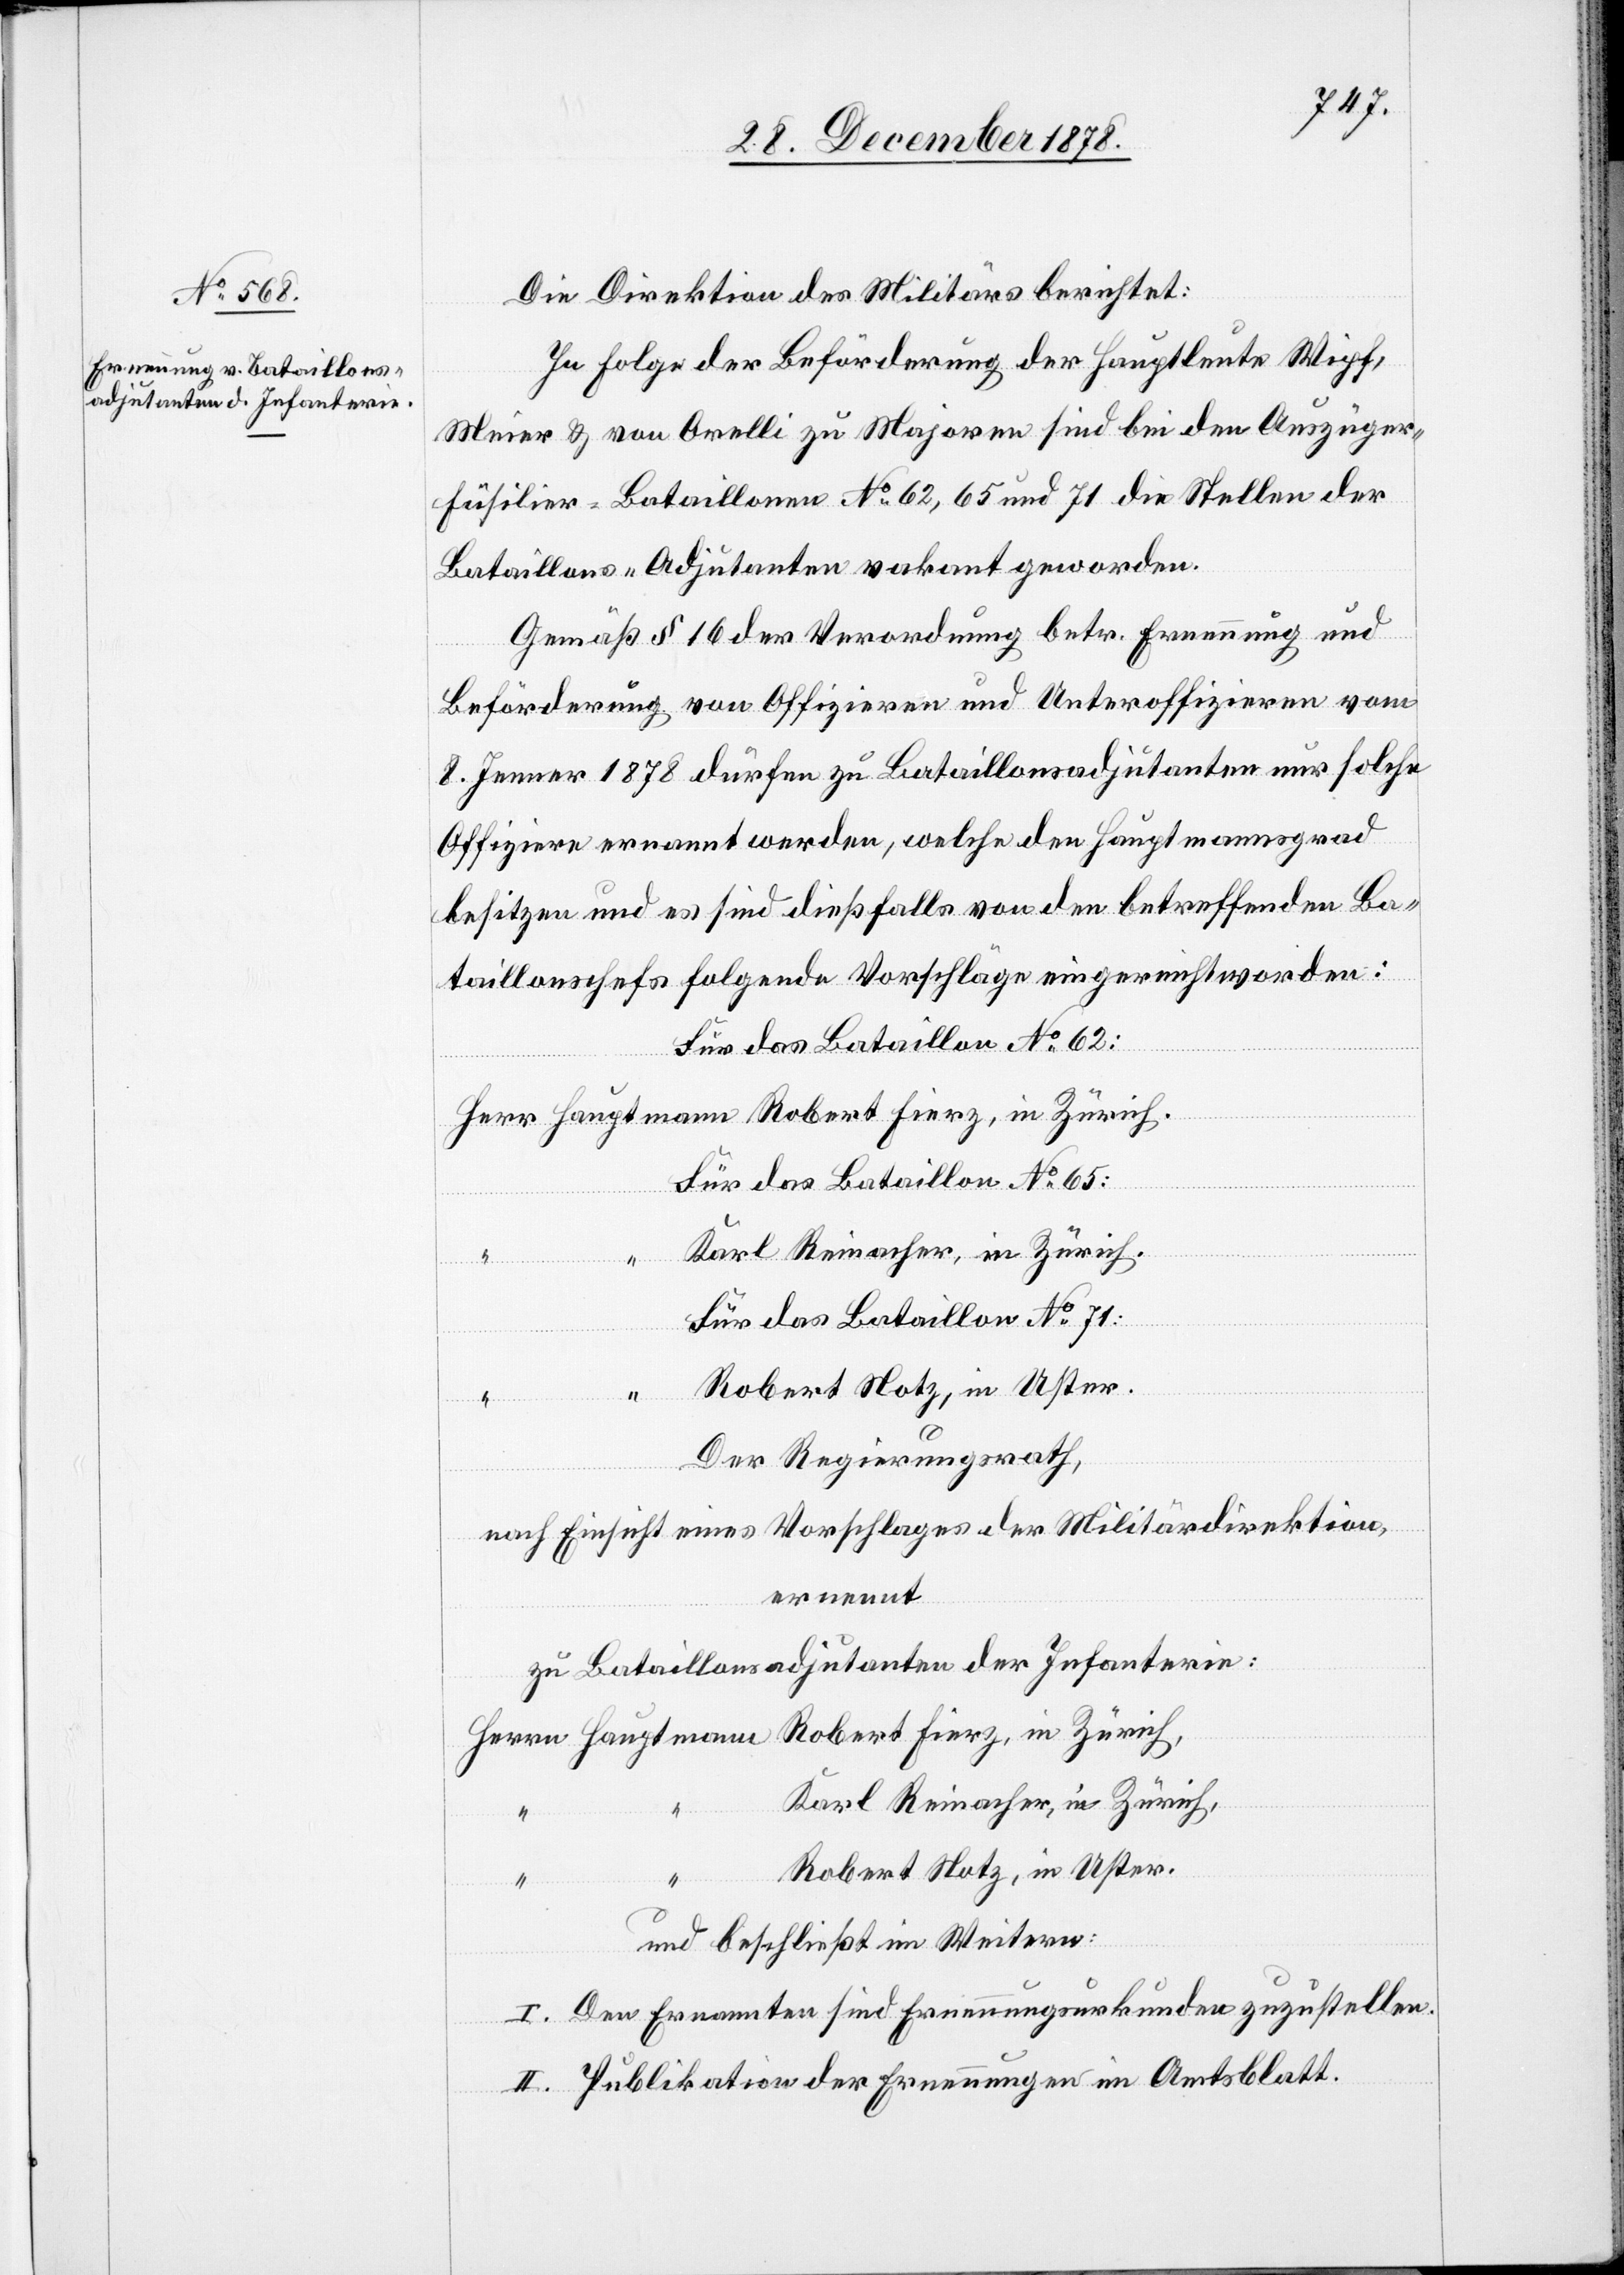
Die Direktion des Militärs berichtet:
In Folge der Beförderung der Hauptleute Wipf,
Meier & von Orelli zu Majoren sind bei den Auszüger¬
füsilier-Bataillonen No 62, 65 und 71 die Stellen der
Bataillons-Adjutanten vakant geworden.
Gemäß § 16 der Verordnung betr. Ernennung und
Beförderung von Offiziren und Unteroffiziren vom
8. Jenner 1878 dürfen zu Bataillonsadjutanten nur solche
Offizire ernannt werden, welche den Hauptmannsgrad
besitzen und es sind dießfalls von den betreffenden Ba¬
taillonschefs folgende Vorschläge eingereicht worden:
Für das Bataillon No 62:
“
Herr Hauptmann Robert Fierz, in Zürich.
Für das Bataillon No 65:
Für das Bataillon No 71:
Der Regierungsrath,
nach Einsicht eines Vorschlages der Militärdirektion,
ernennt
zu Bataillonsadjutanten der Infanterie:
Herrn Hauptmann Robert Fierz, in Zürich,
“
Karl Reinacher, in Zürich,
Robert Notz, in Uster.
und beschließt im Weitern:
I. Den Ernannten sind Erneuerungsurkunden zuzustellen.
II. Publikation der Ernennungen im Amtsblatt.